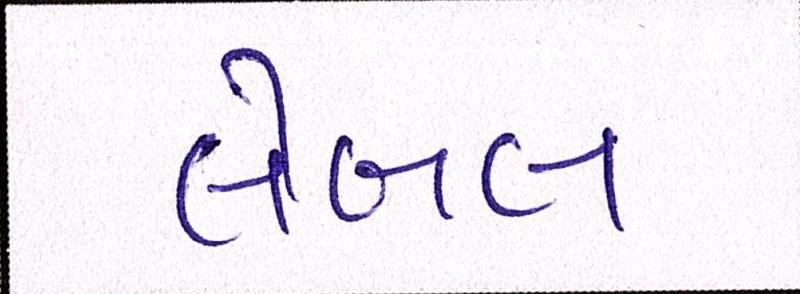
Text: લેબલ